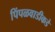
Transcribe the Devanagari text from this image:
पिंपळवाडीकडे